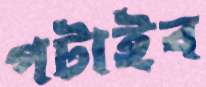
পটাইব